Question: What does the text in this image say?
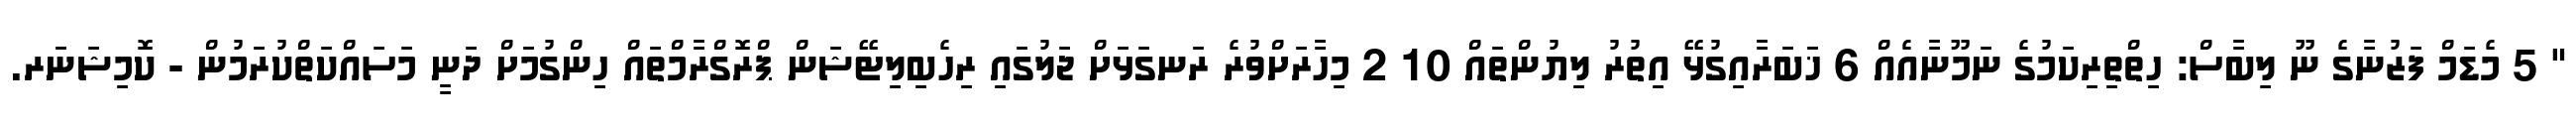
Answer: " 5 މެޑަމް ފަޒުނާގެ ނޫ ލިބާސް: ހިތްތިރިކަމުގެ ނަމޫނާއެއް 6 ޚަބަރާއިގުޅޭ އިތުރު ލިޔުންތައް 10 2 މިހާރަށްވުރެ ރަނގަޅަށް ޖަލުގައި ރިހެބިލިޓޭޝަން ޕްރޮގްރާމްތައް ހިންގުމަށް ދަނީ މަސައްކަތްކުރަމުން - ކޮމިޝަނަރ.